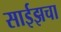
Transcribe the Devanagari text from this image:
साईझचा